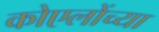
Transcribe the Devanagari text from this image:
कोएलोंच्या